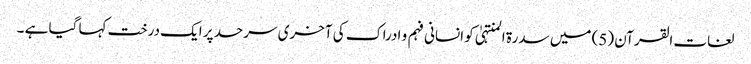
لغات القرآن (5) میں سدرة المنتہیٰ کو انسانی فہم و ادراک کی آخری سرحد پر ایک درخت کہا گیا ہے ۔